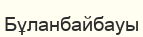
Бұланбайбауы